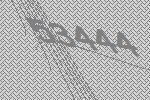
53444